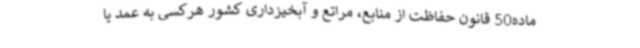
ماده50 قانون حفاظت از منابع، مراتع و آبخیزداری کشور هرکسی به عمد یا